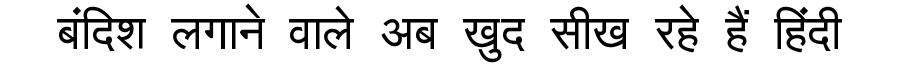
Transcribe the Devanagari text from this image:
बंदिश लगाने वाले अब खुद सीख रहे हैं हिंदी